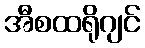
အီစထရိုဂျင်